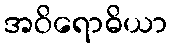
အဝိရောဓိယာ